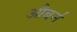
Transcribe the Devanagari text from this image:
औबर्न